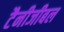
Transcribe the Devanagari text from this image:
टैनीजीबल